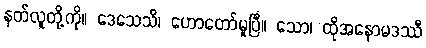
နတ်လူတို့ကို။ ဒေသေသိ၊ ဟောတော်မူပြီ။ သော၊ ထိုအနောမဒဿီ